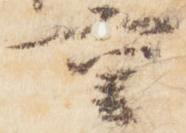
重